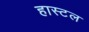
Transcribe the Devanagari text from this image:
हास्‍टल